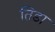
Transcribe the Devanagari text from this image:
तिडा